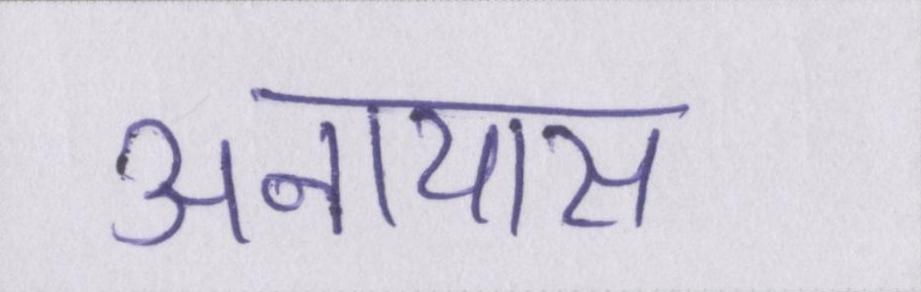
अनायास